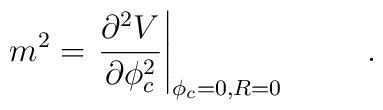
m^2=\left. \frac{\partial ^2V}{\partial \phi _c^2}\right| _{\phi  _c=0,R=0} \hspace{1cm}.